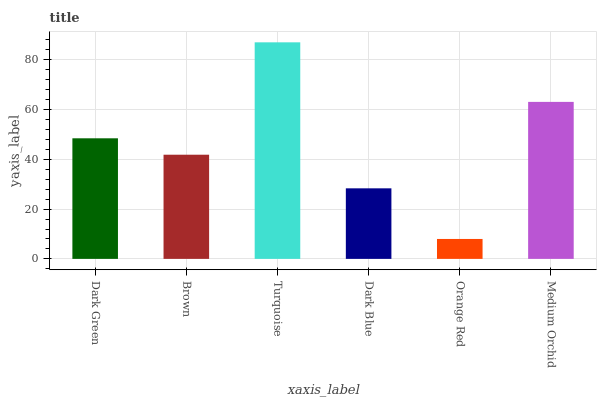
| xaxis_label | bars |
 | --- | --- |
 | Dark Green | 48.4 |
 | Brown | 41.8 |
 | Turquoise | 87 |
 | Dark Blue | 28.3 |
 | Orange Red | 8 |
 | Medium Orchid | 63.1 |